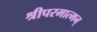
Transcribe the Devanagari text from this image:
श्रीपरमात्मन्